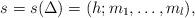
LaTeX: \begin{align*} s=s(\Delta)=(h; m_1, \ldots, m_l),\end{align*}